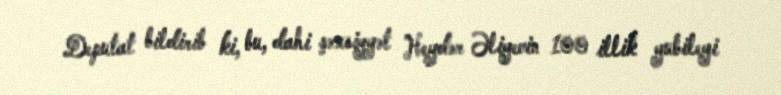
Deputat bildirib ki, bu, dahi şəxsiyyət Heydər Əliyevin 100 illik yubileyi